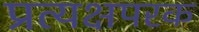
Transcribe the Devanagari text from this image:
प्रत्यक्षपरक